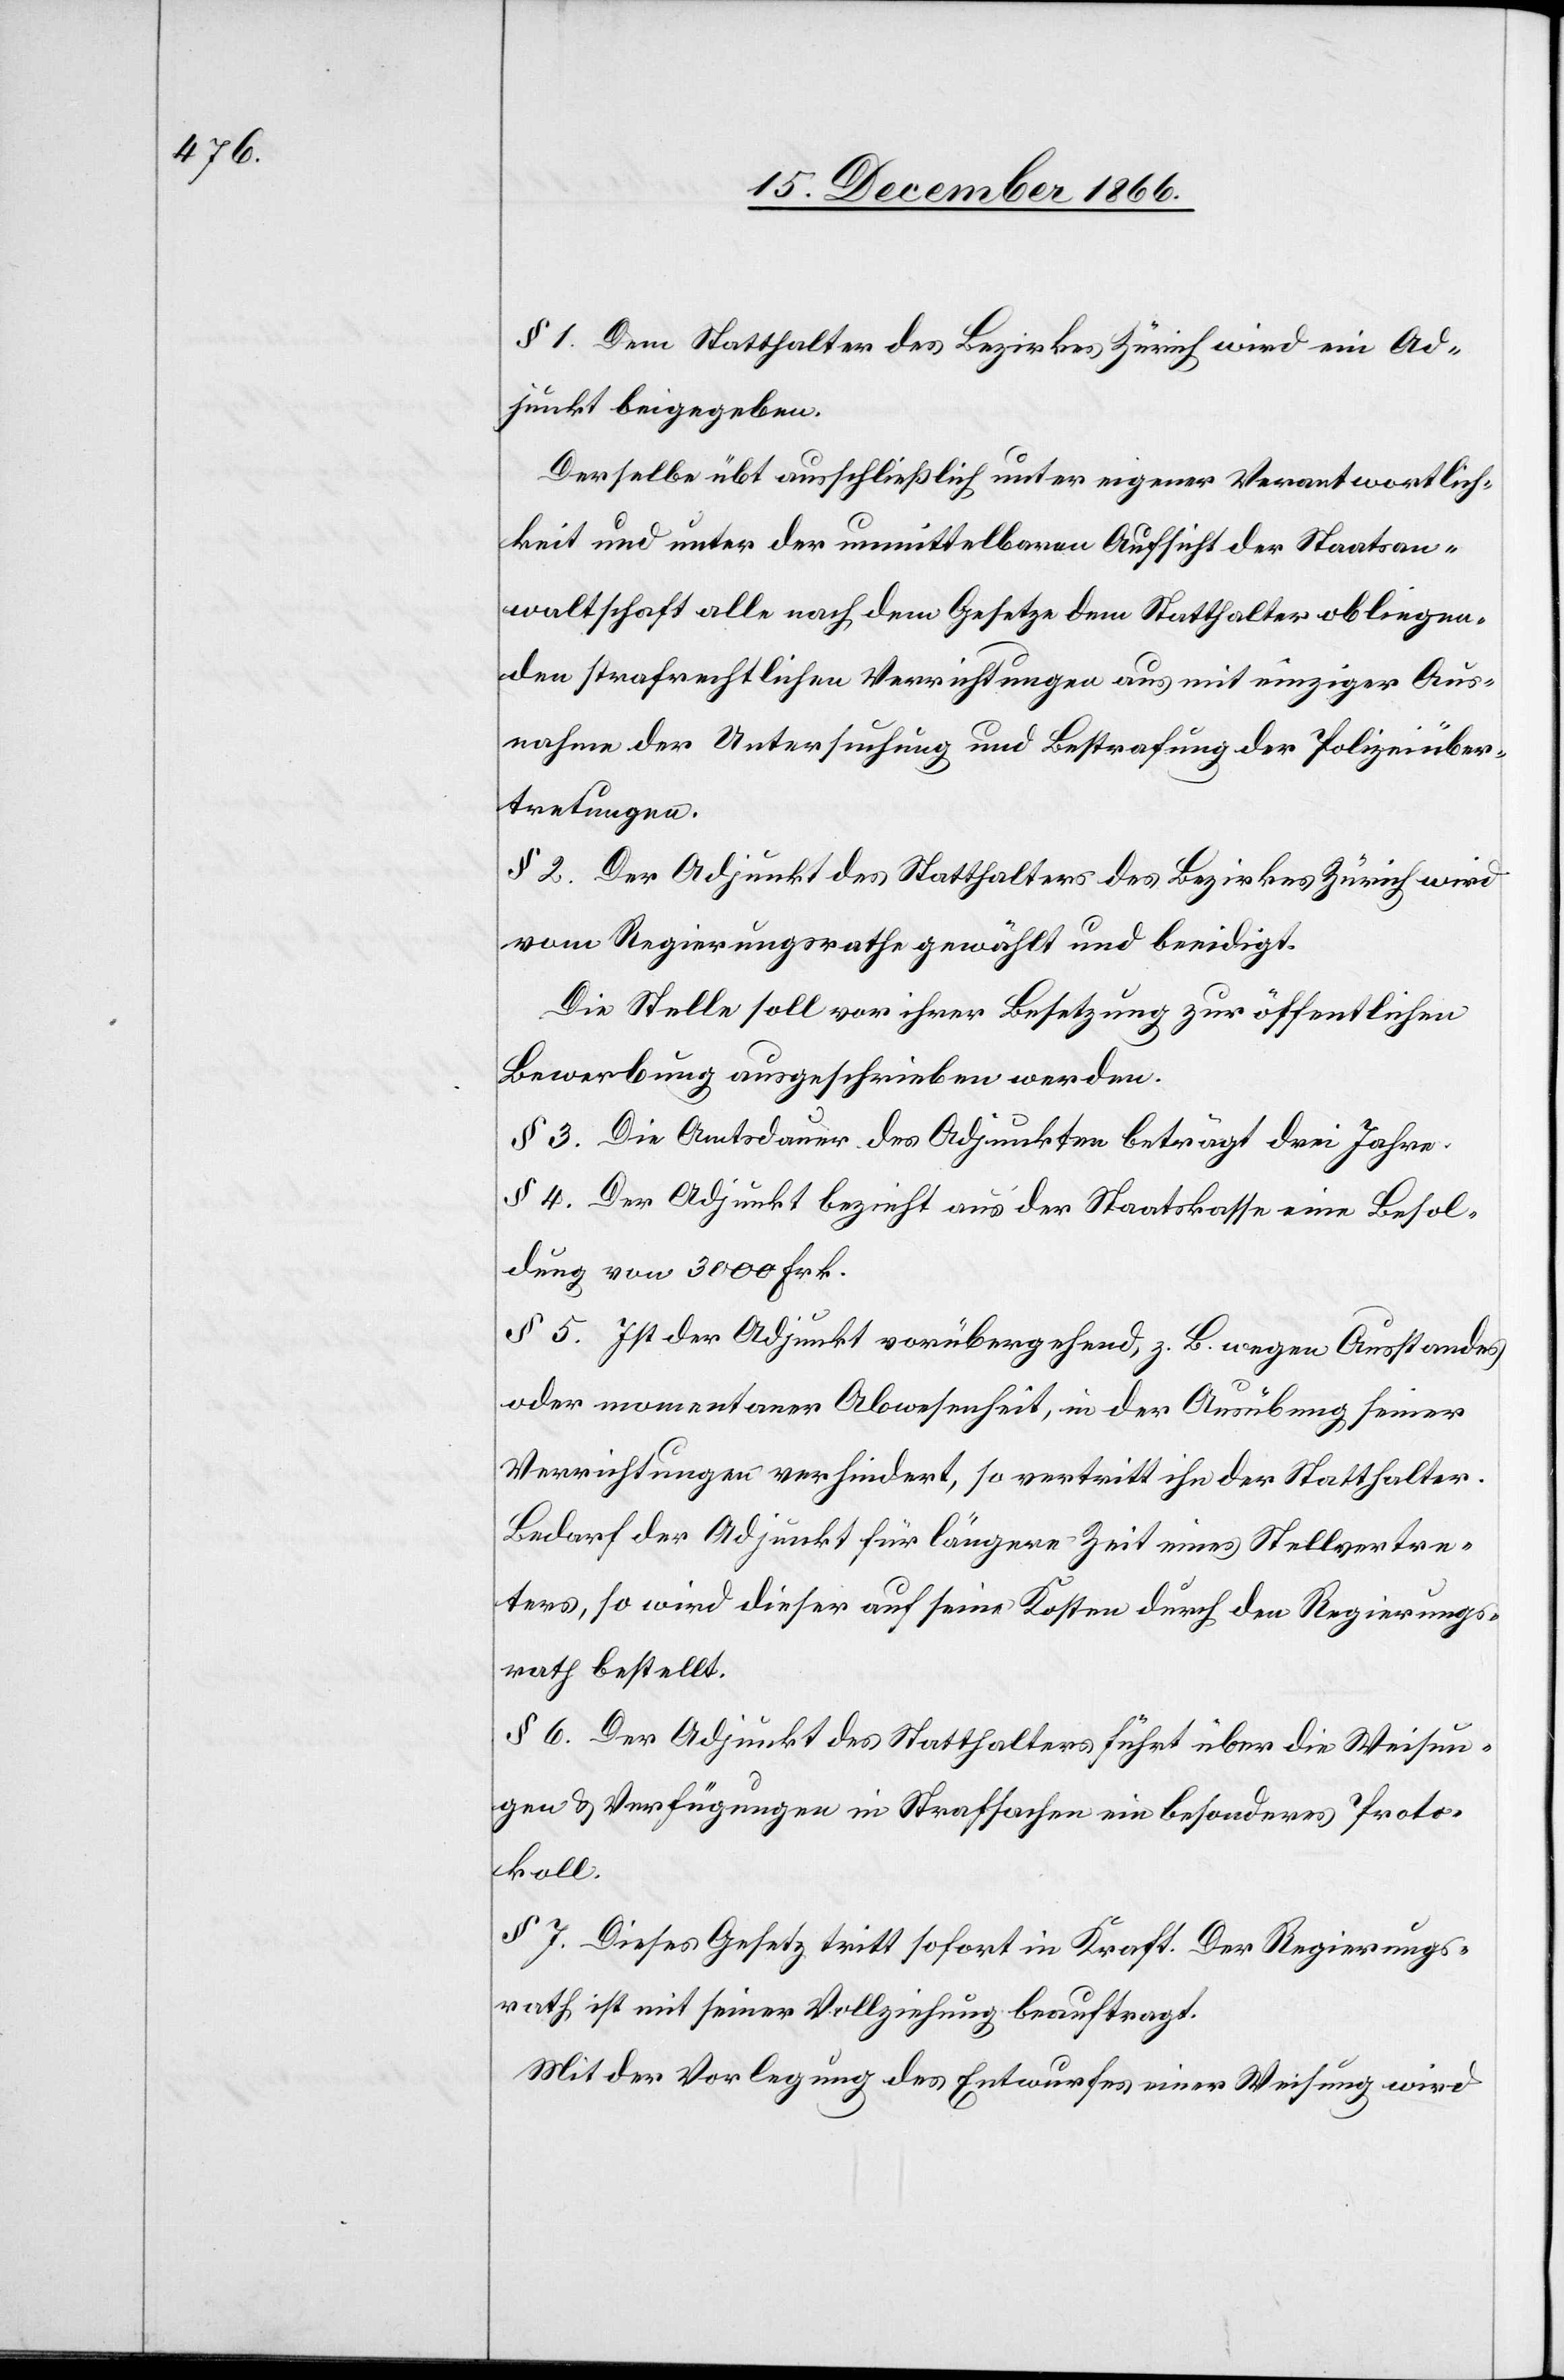
§ 1. Dem Statthalter des Bezirkes Zürich wird ein Ad¬
junkt beigegeben.
Derselbe übt ausschließlich unter eigener Verantwortlich¬
keit und unter der unmittelbaren Aufsicht der Staatsan¬
waltschaft alle nach dem Gesetze dem Statthalter obliegen¬
den strafrechtlichen Verrichtungen aus mit einziger Aus¬
nahme der Untersuchung und Bestrafung der Polizeiüber¬
tretungen.
§ 2. Der Adjunkt des Statthalters des Bezirkes Zürich wird
vom Regierungsrathe gewählt und beeidigt.
Die Stelle soll vor ihrer Besetzung zur öffentlichen
Bewerbung ausgeschrieben werden.
§ 3. Die Amtsdauer des Adjunkten beträgt drei Jahre.
§ 4. Der Adjunkt bezieht aus der Staatskasse eine Besol¬
dung von 3000 Frk.
§ 5. Ist der Adjunkt vorübergehend, z. B. wegen Ausstandes
oder momentaner Abwesenheit, in der Ausübung seiner
Verrichtungen verhindert, so vertritt ihn der Statthalter.
Bedarf der Adjunkt für längere Zeit eines Stellvertre¬
ters, so wird dieser auf seine Kosten durch den Regierungs¬
rath bestellt.
§ 6. Der Adjunkt des Statthalters führt über die Weisun¬
gen & Verfügungen in Strafsachen ein besonderes Proto¬
koll.
§ 7. Dieses Gesetz tritt sofort in Kraft. Der Regierungs¬
rath ist mit seiner Vollziehung beauftragt.
Mit der Vorlegung des Entwurfes einer Weisung wird